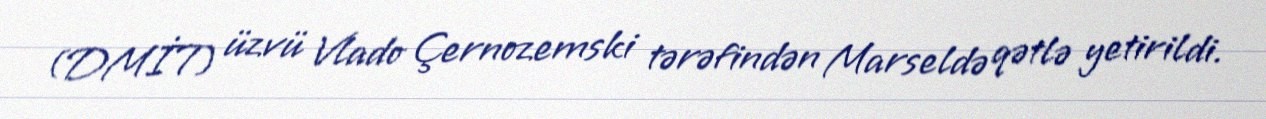
(DMİT) üzvü Vlado Çernozemski tərəfindən Marseldə qətlə yetirildi.